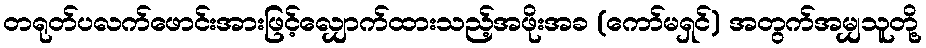
တရုတ်ပလက်ဖောင်းအားဖြင့်လျှောက်ထားသည့်အဖိုးအခ (ကော်မရှင်) အတွက်အမျှသူတို့